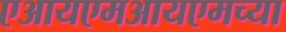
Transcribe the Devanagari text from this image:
एआयएमआयएमच्या